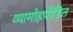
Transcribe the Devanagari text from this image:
व्यामोहपीड़ित